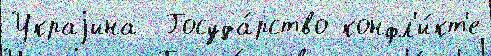
Украjина  Госуда́рство конфл'и́кт'е